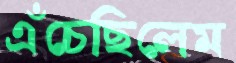
এঁচেছিলেম